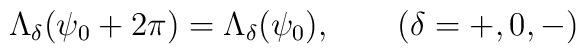
\Lambda_{\delta} \bigl( \psi_0 +2\pi \bigr) =\Lambda_{\delta} \bigl(\psi_0  \bigr), \qquad (\delta = +, 0, -)